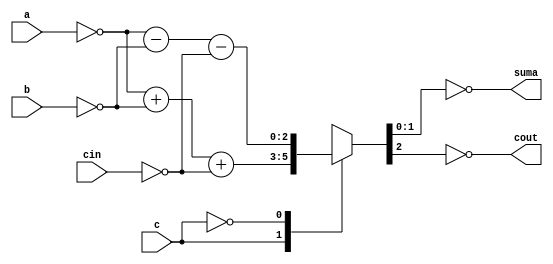
module sum_res (
    input [1:0]a,
    input [1:0]b,
    input cin,
    input c,
    output reg [1:0] suma,
    output reg cout
);
    //Seales para entradas invertidas
    reg [1:0] A;
    reg [1:0] B;
    reg CIN;
    reg C;
    reg [1:0] suma_aux;
    reg COUT;

    always @(*) begin
        //Entradas invertidas
        A=~a;
        B=~b;
        C=~c;
        CIN=~cin;
        //Logica
        case (C)
           1'b0 : {COUT,suma_aux} = A + B + CIN ;
           1'b1 : {COUT,suma_aux} = A - B - CIN ;
           default: {COUT,suma_aux} = A + B + CIN ;
        endcase
        
        //Salidas
        suma=~suma_aux;
        cout=~COUT;

    end
endmodule